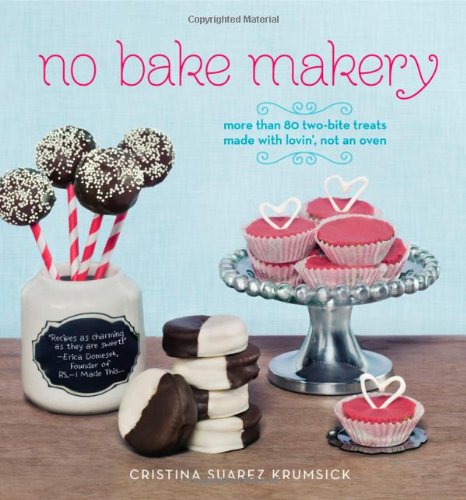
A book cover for No Bake Makery: More Than 80 Two-Bite Treats Made with Lovin', Not an Oven; Cristina Suarez Krumsick; Cookbooks, Food & Wine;